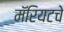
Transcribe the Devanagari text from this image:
मॅरियटचे